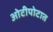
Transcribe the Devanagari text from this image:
ओटीपोटात